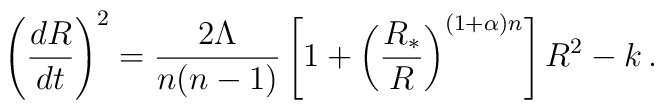
\left({dR\over dt}\right)^2 = {2\Lambda\over n(n-1)}\left[1+\left({R_*\over R}\right)^{(1+\alpha)n}\right]R^2-k \,.